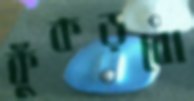
কুঁকড়বো